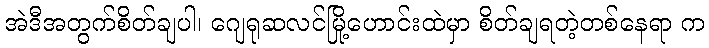
အဲဒီအတွက်စိတ်ချပါ၊ ဂျေရုဆလင်မြို့ဟောင်းထဲမှာ စိတ်ချရတဲ့တစ်နေရာ က